Lunatic asylums Central Provinces reports 1895-1909 - 1895-1909
Year: 1895
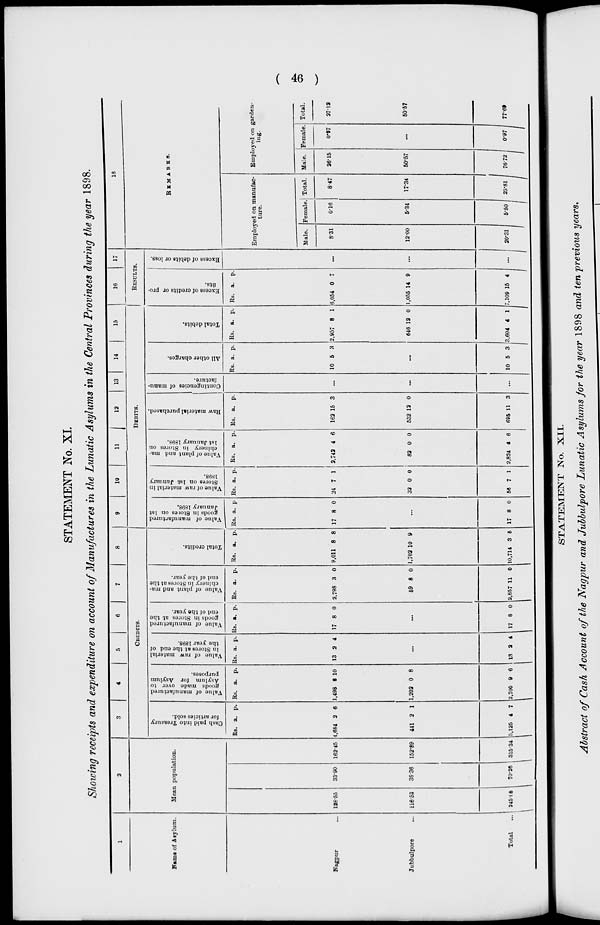
( 46 )
STATEMENT No. XI.
Showing receipts and expenditure on account of Manufactures in the Lunatic Asylums in the Central Provinces during the year 1898.
1
Name of Asylum.
Nagpur ...
Jubbulpore ...
Total ...
2
Mean population.
128.55
116.53
245.08
33.90
36.36
70.26
162.45
152.89
315.34
3
4
5
6
7
8
CREDITS.
Cash paid into Treasury
for articles sold.
Rs.
4,684
441
5,125
a.
2
2
4
p.
6
1
7
Value of manufactured
goods made over to
Asylum for Asylum
purposes.
Rs.
1,498
1,202
2,700
a.
8
0
9
p.
10
8
6
Value of raw material
in Stores at the end of
the year 1898.
Rs.
13
a.
2
p.
4
...
13 2 4
Value of manufactured
goods in Stores at the
end of the year.
Rs.
17
a.
8
p.
0
...
17 8 0
Value of plant and ma-
chinery in Stores at the
end of the year.
Rs.
2,798
59
2,857
a.
3
8
11
p.
0
0
0
Total credits.
Rs.
9,011
1,702
10,714
a.
8
10
3
p.
8
9
5
9
10
11
12
13 14
15
DEBITS.
Value of manufactured
goods in Stores on 1st
January 1898.
Rs
17
a.
8
p.
0
...
17 8 0
Value of raw material in
Stores on 1st January
1898.
Rs.
24
32
56
a.
7
0
7
p.
1
0
1
Value of plant and ma-
chinery in Stores on
1st January 1898.
Rs.
2,742
82
2,824
a.
4
0
4
p.
6
0
6
Raw material purchased.
Rs.
162
532
695
a.
15
12
11
p.
3
0
3
Contingencies of manu-
facture.
...
...
...
All other charges.
Rs
10
a.
5
p.
3
...
10 5 3
Total debits.
Rs.
2,957
646
3,604
a.
8
12
4
p.
1
0
1
16
17
RESULTS.
Excess of credits or pro-
fits.
Rs.
6,054
1,055
7,109
a.
0
14
15
p.
7
9
4
Excess of debits or loss.
...
...
...
18
REMARKS.
Employed on manufac-
ture.
Male.
8.31
12.00
20.31
Female
0.16
5.34
5.50
Total.
8.47
17.34
25.81
Employed on garden-
ing.
Male.
26.15
50.57
76.72
Female.
0.97
...
0.97
Total.
27.12
50.57
77.69